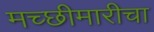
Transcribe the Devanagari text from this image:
मच्छीमारीचा